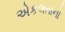
એકલતાનો